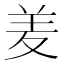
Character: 𮊢